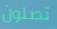
تصلون